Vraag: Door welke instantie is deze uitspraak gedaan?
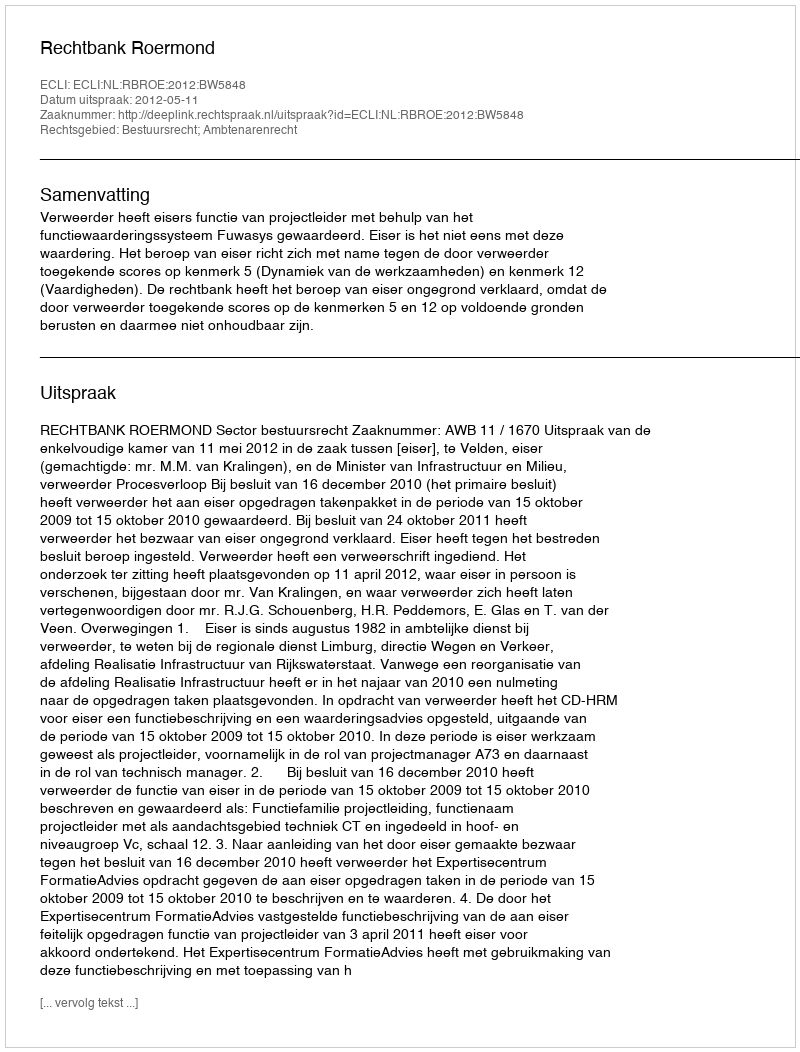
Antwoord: Rechtbank Roermond